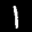
Label: 1